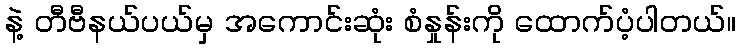
နဲ့ တီဗီနယ်ပယ်မှ အကောင်းဆုံး စံနှုန်းကို ထောက်ပံ့ပါတယ်။